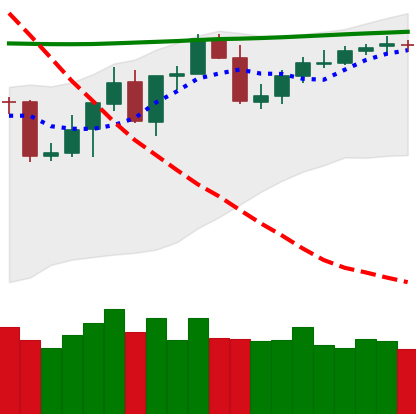
Ticker: BNB-USD
Chart end date: 2020-04-28
Forward return: 4.147%
Label: up_3_5